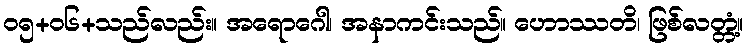
၀၅+၀၆+သည်လည်း။ အရောဂေါ၊ အနာကင်းသည်။ ဟောဿတိ၊ ဖြစ်လတ္တံ့။